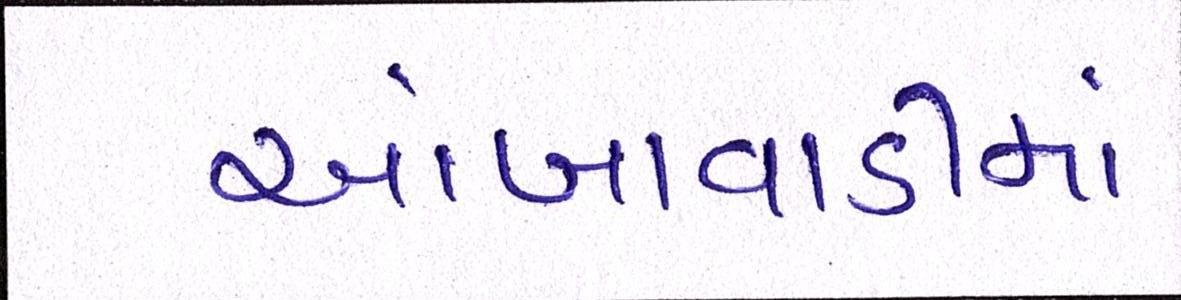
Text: આંબાવાડીમાં